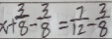
x + \frac { 3 } { 8 } - \frac { 3 } { 8 } = \frac { 7 } { 1 2 } - \frac { 3 } { 8 }